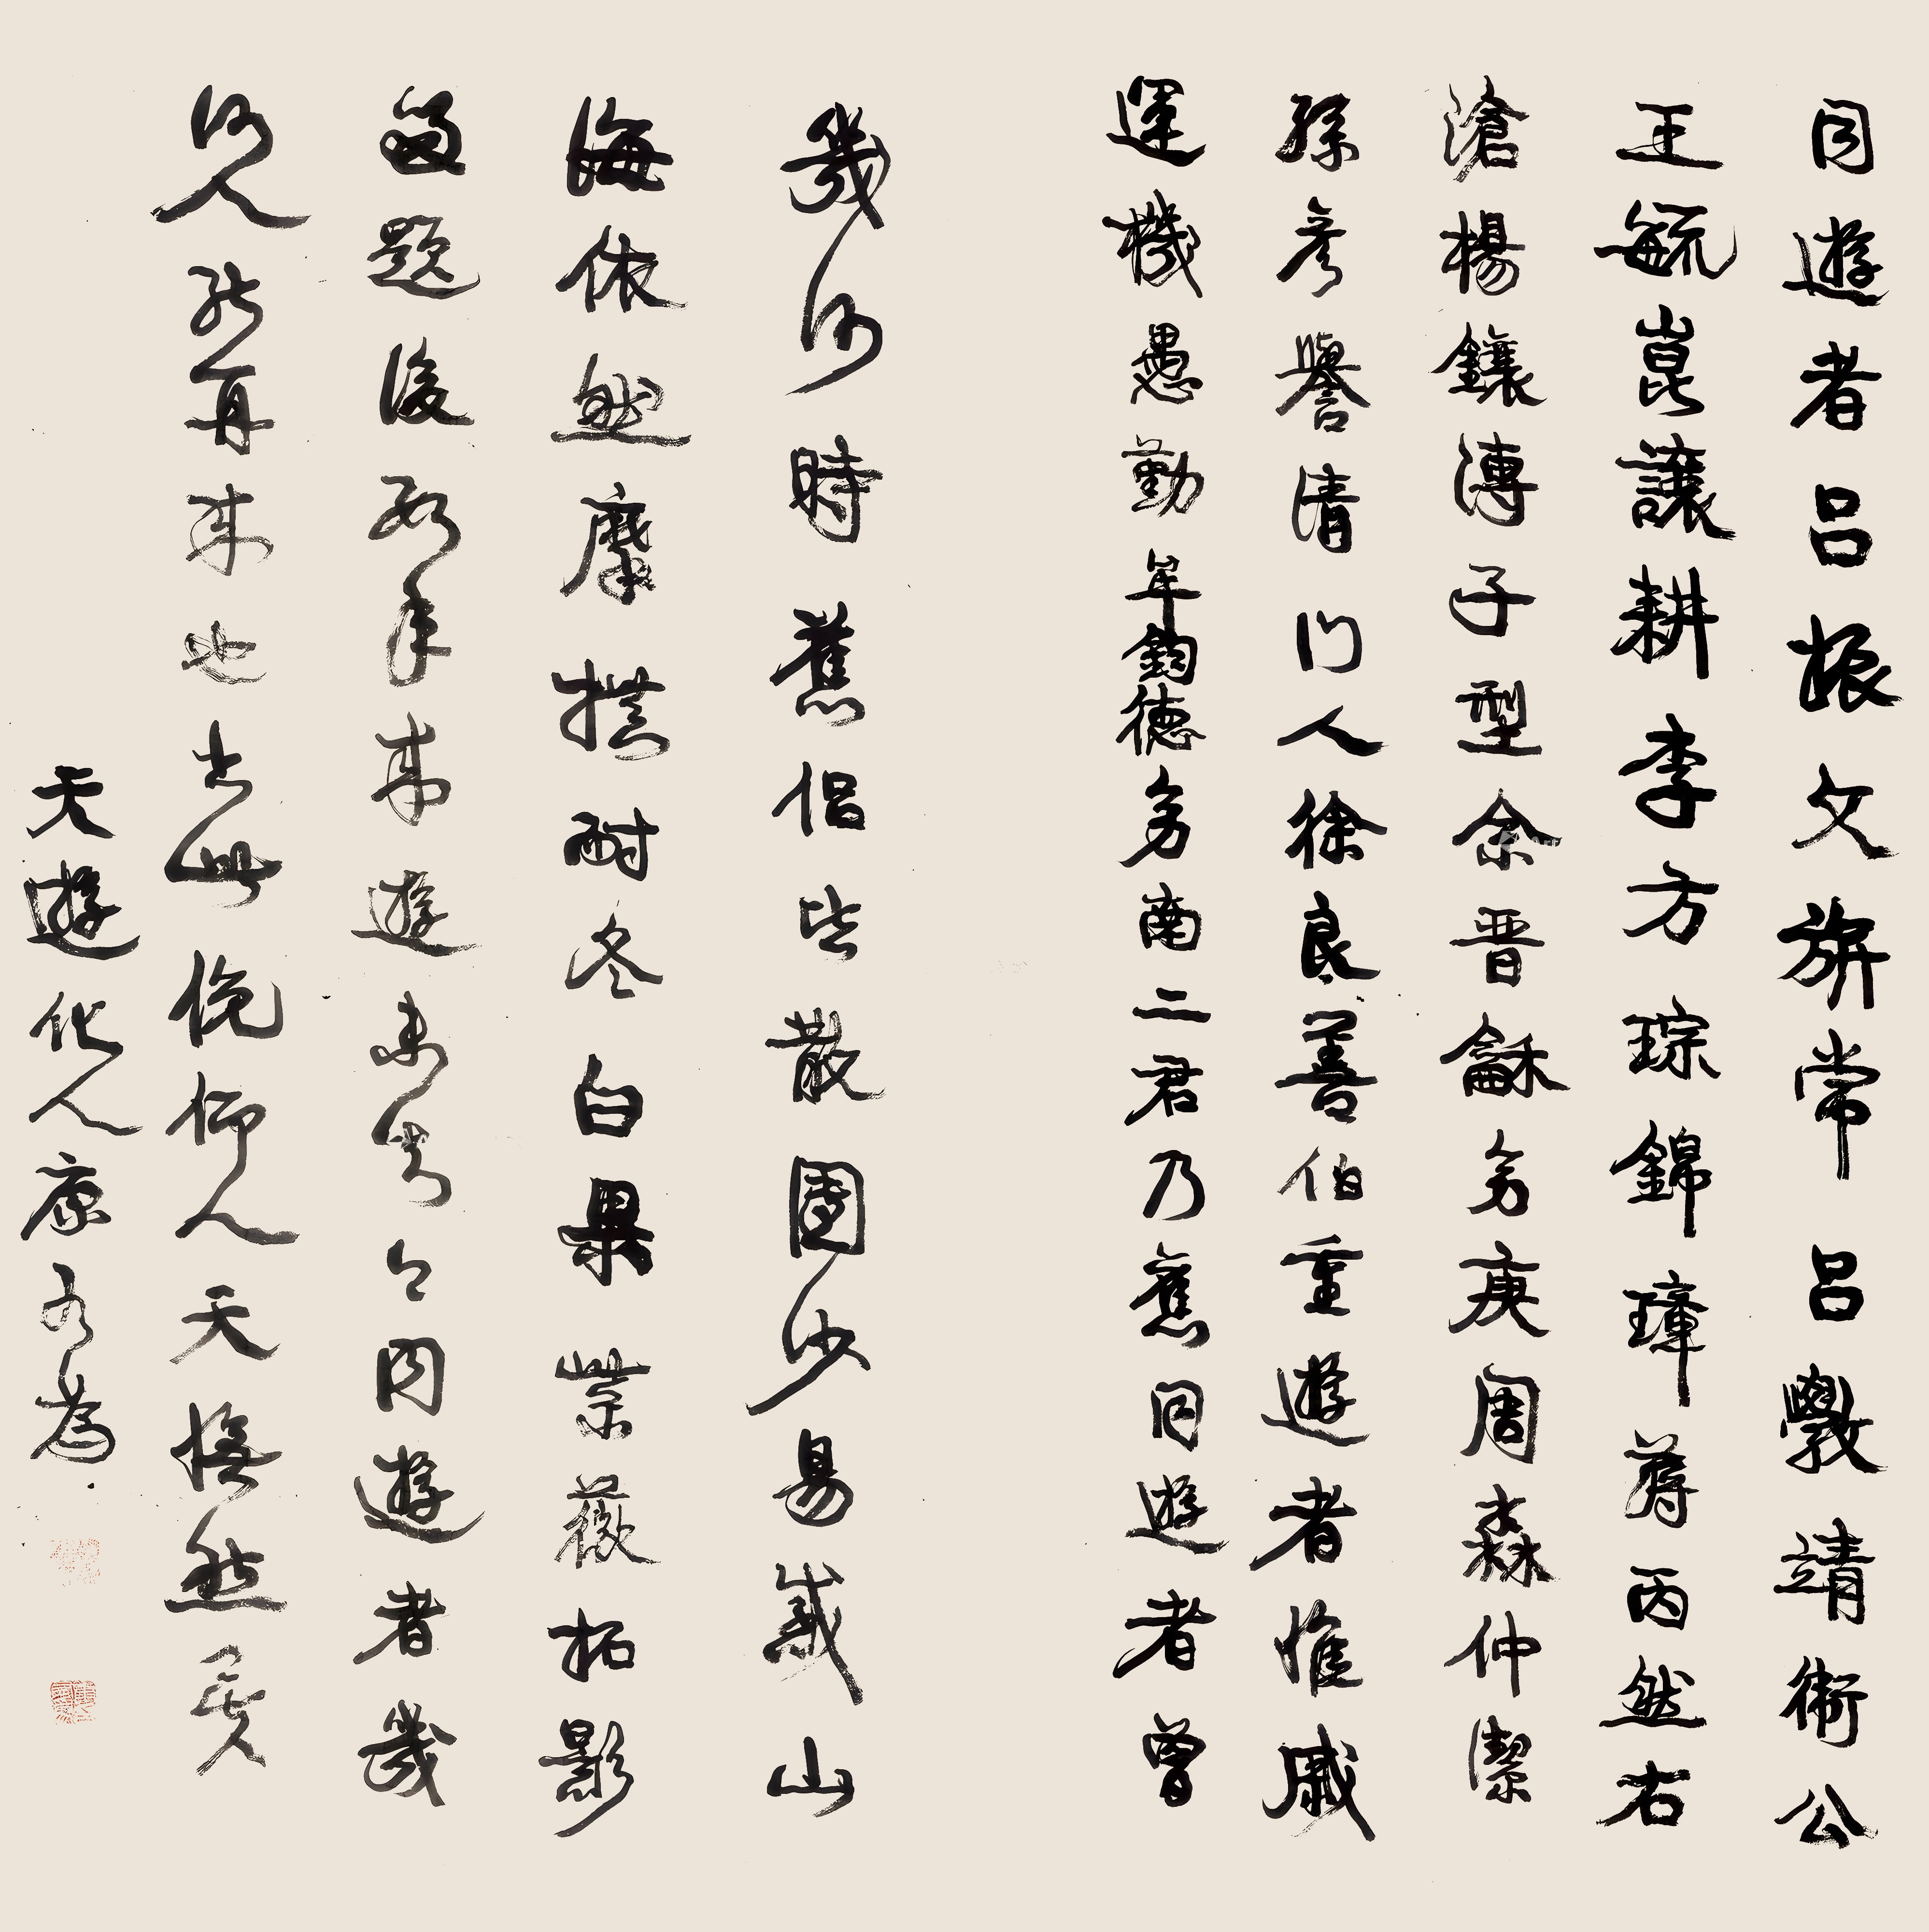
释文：同游者吕振文旗常、吕敩靖卫公、王毓昆让耕、李方琮锦璋、蒋丙然右沧、杨镶傅子型、余晋龢幼庚、周淼仲洁、孙彦誉清门人、徐良善伯重游者，惟戚运机愚勤、牟钧德幼南二君乃旧同游者，曾几何时旧侣皆散，团沙易感山海依然，摩拱、耐冬、白果、紫薇拓影多题后，数年来游未知知，同游者几何人能再来也。出此挽仰人天抚然矣。天游化人康有为。